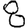
Digit: 8